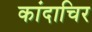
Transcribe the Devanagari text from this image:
कांदाचिर